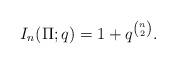
LaTeX: \begin{align*}I_n(\Pi;q)=1+q^{\binom{n}{2}}.\end{align*}